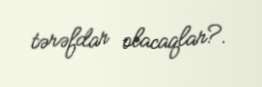
tərəfdar olacaqlar?.